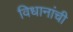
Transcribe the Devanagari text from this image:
विधानांची